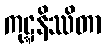
ကုဋ္ဋနိဿိတာ